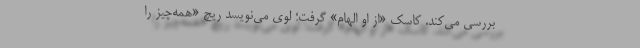
بررسی می‌کند. کاسک «از او الهام» گرفت؛ لوی می‌نویسد ریچ «همه‌چیز را